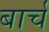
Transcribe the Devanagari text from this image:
बार्च